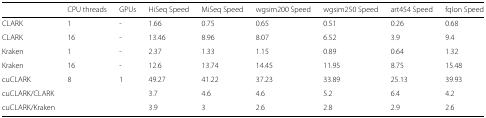
<table><thead><tr><td></td><td><b>CPU threads</b></td><td><b>GPUs</b></td><td><b>HiSeq Speed</b></td><td><b>MiSeq Speed</b></td><td><b>wgsim200 Speed</b></td><td><b>wgsim250 Speed</b></td><td><b>art454 Speed</b></td><td><b>fqIon Speed</b></td></tr></thead><tbody><tr><td>CLARK</td><td>1</td><td>-</td><td>1.66</td><td>0.75</td><td>0.65</td><td>0.51</td><td>0.26</td><td>0.68</td></tr><tr><td>CLARK</td><td>16</td><td>-</td><td>13.46</td><td>8.96</td><td>8.07</td><td>6.52</td><td>3.9</td><td>9.4</td></tr><tr><td>Kraken</td><td>1</td><td>-</td><td>2.37</td><td>1.33</td><td>1.15</td><td>0.89</td><td>0.64</td><td>1.32</td></tr><tr><td>Kraken</td><td>16</td><td>-</td><td>12.6</td><td>13.74</td><td>14.45</td><td>11.95</td><td>8.75</td><td>15.48</td></tr><tr><td>cuCLARK</td><td>8</td><td>1</td><td>49.27</td><td>41.22</td><td>37.23</td><td>33.89</td><td>25.13</td><td>39.93</td></tr><tr><td>cuCLARK/CLARK</td><td></td><td></td><td>3.7</td><td>4.6</td><td>4.6</td><td>5.2</td><td>6.4</td><td>4.2</td></tr><tr><td>cuCLARK/Kraken</td><td></td><td></td><td>3.9</td><td>3</td><td>2.6</td><td>2.8</td><td>2.9</td><td>2.6</td></tr></tbody></table>